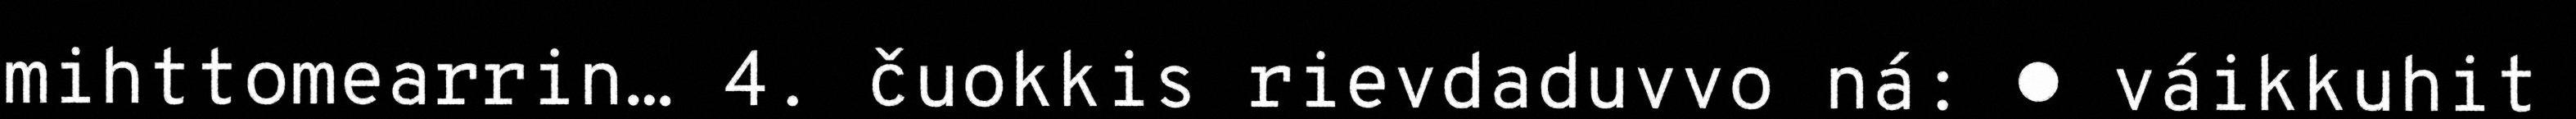
mihttomearrin… 4. čuokkis rievdaduvvo ná: ● váikkuhit